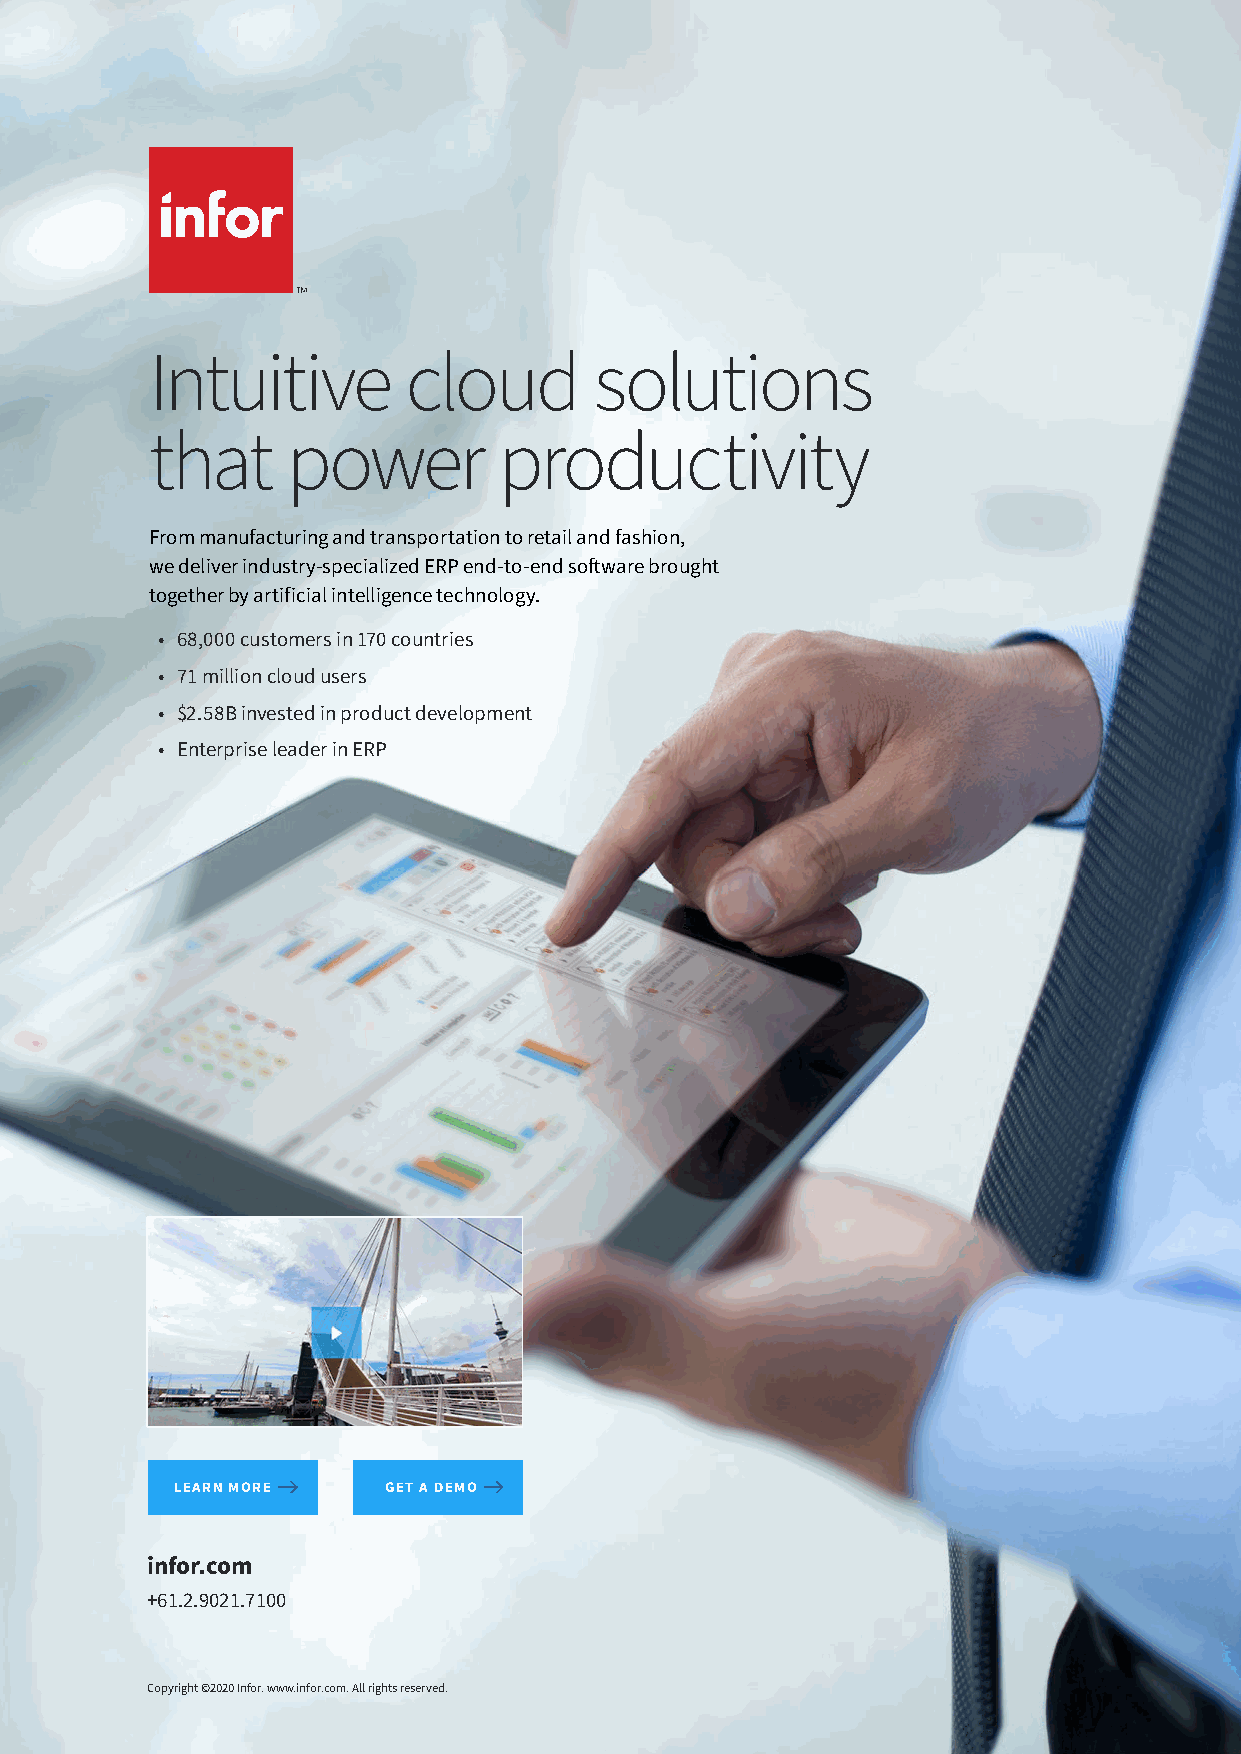
Intuitive        cloud       solutions
 that     power         productivity
 From manufacturing and transportation to retail and fashion,
 we deliver industry-specialized ERP end-to-end software brought
 together by artificial intelligence technology.
 • 68,000 customers in 170 countries
 • 71 million cloud users
 • $2.58B invested in product development
 • Enterprise leader in ERP
 LEARN MORE   GET A DEMO
 infor.com
 +61.2.9021.7100
 Copyright ©2020 Infor. www.infor.com. All rights reserved.